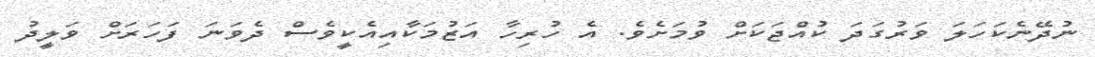
ނުދޭނެކަހަލަ ވަރުގަދަ ކުއްޖަކަށް ވުމަށެވެ. އެ ހުރިހާ އަޒުމަކާއިއެކީވެސް ދެވަނަ ފަހަރަށް ވަލީދު